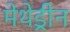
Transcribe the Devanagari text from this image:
मेथेड्रीन